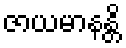
ဇာယမာနန္တိ